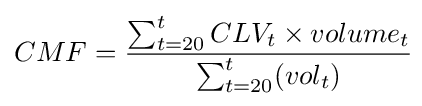
CMF={\frac {\sum _{t=20}^{t}CLV_{t}\times volume_{t}}{\sum _{t=20}^{t}(vol_{t})}}\!